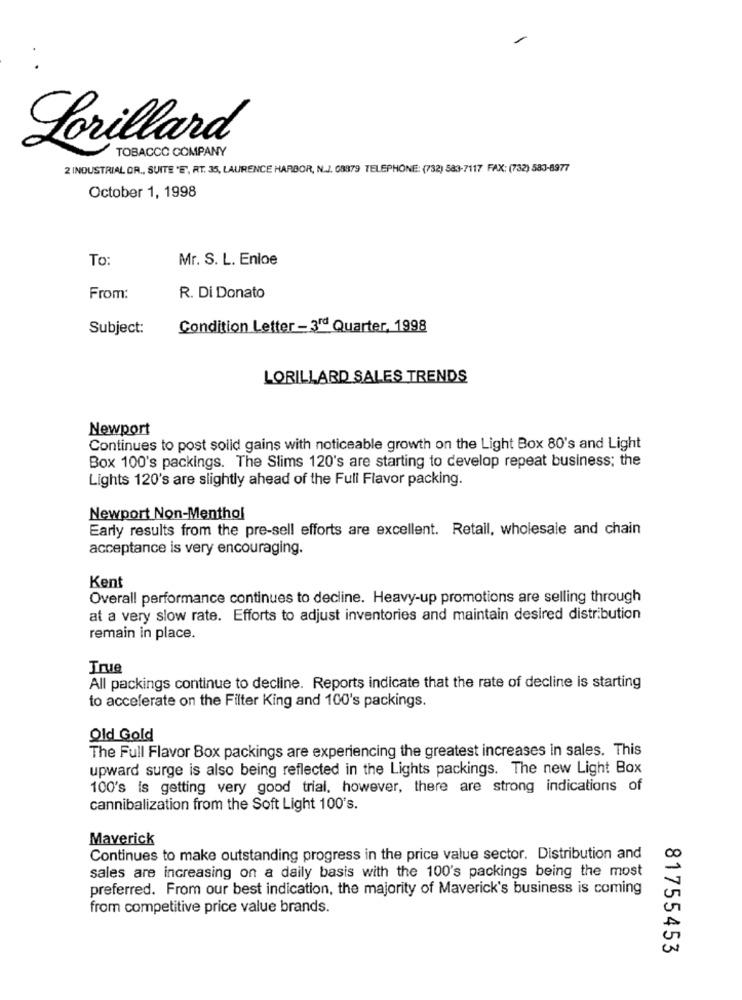
Lorillard
TOBACCO COMPANY
2 INDUSTRIAL OR ., SUITE "E", RT. 35, LAURENCE HARBOR, N.J. 08879 TELEPHONE: (732) 583-7117 FAX: (732) 583-8977
October 1, 1998
To
Mr. S. L. Enloe
From:
R. Di Donato
Subject:
Condition Letter - 3rd Quarter, 1998
LORILLARD SALES TRENDS
Newport
Continues to post solid gains with noticeable growth on the Light Box 80's and Light
Box 100's packings. The Slims 120's are starting to develop repeat business; the
Lights 120's are slightly ahead of the Full Flavor packing.
Newport Non-Menthol
Early results from the pre-sell efforts are excellent. Retail, wholesale and chain
acceptance is very encouraging.
Kent
Overall performance continues to decline. Heavy-up promotions are selling through
at a very slow rate. Efforts to adjust inventories and maintain desired distribution
remain in place.
True
All packings continue to decline. Reports indicate that the rate of decline is starting
to accelerate on the Filter King and 100's packings.
Old Gold
The Full Flavor Box packings are experiencing the greatest increases in sales. This
upward surge is also being reflected in the Lights packings. The new Light Box
100's is getting very good trial, however, there are strong indications of
cannibalization from the Soft Light 100's.
Maverick
Continues to make outstanding progress in the price value sector. Distribution and
sales are increasing on a daily basis with the 100's packings being the most
preferred. From our best indication, the majority of Maverick's business is coming
from competitive price value brands.
81755453